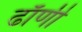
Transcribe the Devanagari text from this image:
ढाँणी